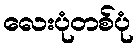
လေးပုံတစ်ပုံ